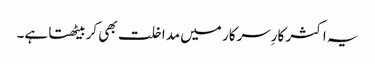
یہ اکثر کارِسرکار میں مداخلت بھی کربیٹھتا ہے۔